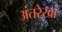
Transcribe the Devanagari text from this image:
अंतरेखा